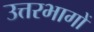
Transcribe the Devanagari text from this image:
उत्तरभागों